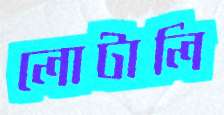
লোটালি